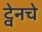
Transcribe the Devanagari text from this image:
ट्वेनचे